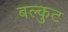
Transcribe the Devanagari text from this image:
बल्कुट